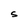
Character: S